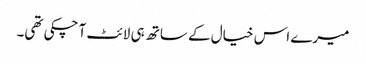
میرے اس خیال کے ساتھ ہی لائٹ آ چکی تھی۔